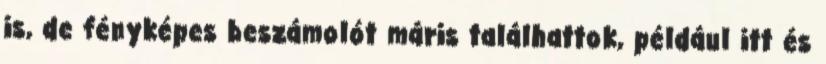
is, de fényképes beszámolót máris találhattok, például itt és